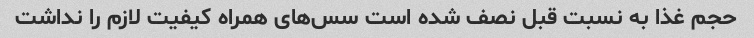
حجم غذا به نسبت قبل نصف شده است سس‌های همراه کیفیت لازم را نداشت